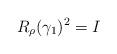
LaTeX: \begin{align*} R_\rho(\gamma_1)^2=I \end{align*}